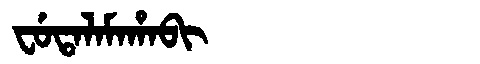
Manchu: ᠸᡠᡨᠠᠯᠠᠮᠠᡥᠠᠪᡳ
Romanization: FUTALAMAHABI